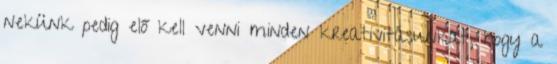
nekünk pedig elő kell venni minden kreativitásunkat, hogy a